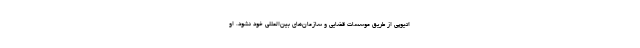
اتیوپی از طریق موسسات قضایی و سازمان‌های بین‌المللی خود نشود. او